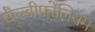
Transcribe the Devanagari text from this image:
सैल्बीफोलियम